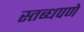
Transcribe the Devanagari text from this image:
स्तब्धपणे